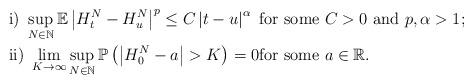
LaTeX: \begin{align*}& \textrm{i) } \sup_{N\in\mathbb{N}} \mathbb{E} \left\vert H_t^N - H_u^N \right\vert^p \leq C \left\vert t- u\right\vert^{\alpha} \mbox{ for some $C>0$ and $p, \alpha>1$;} \\& \textrm{ii) } \lim_{K \to \infty} \sup_{N\in\mathbb{N}} \mathbb{P} \left(\left\vert H_0^N- {a}\right\vert>K \right) =0 \mbox{for some $a \in \mathbb{R}$.}\end{align*}